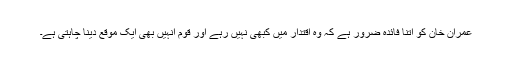
عمران خان کو اتنا فائدہ ضرور ہے کہ وہ اقتدار میں کبھی نہیں رہے اور قوم انہیں بھی ایک موقع دینا چاہتی ہے۔